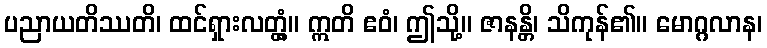
ပညာယတိဿတိ၊ ထင်ရှားလတ္တံ့။ ဣတိ ဧဝံ၊ ဤသို့။ ဇာနန္တိ၊ သိကုန်၏။ မောဂ္ဂလာန၊